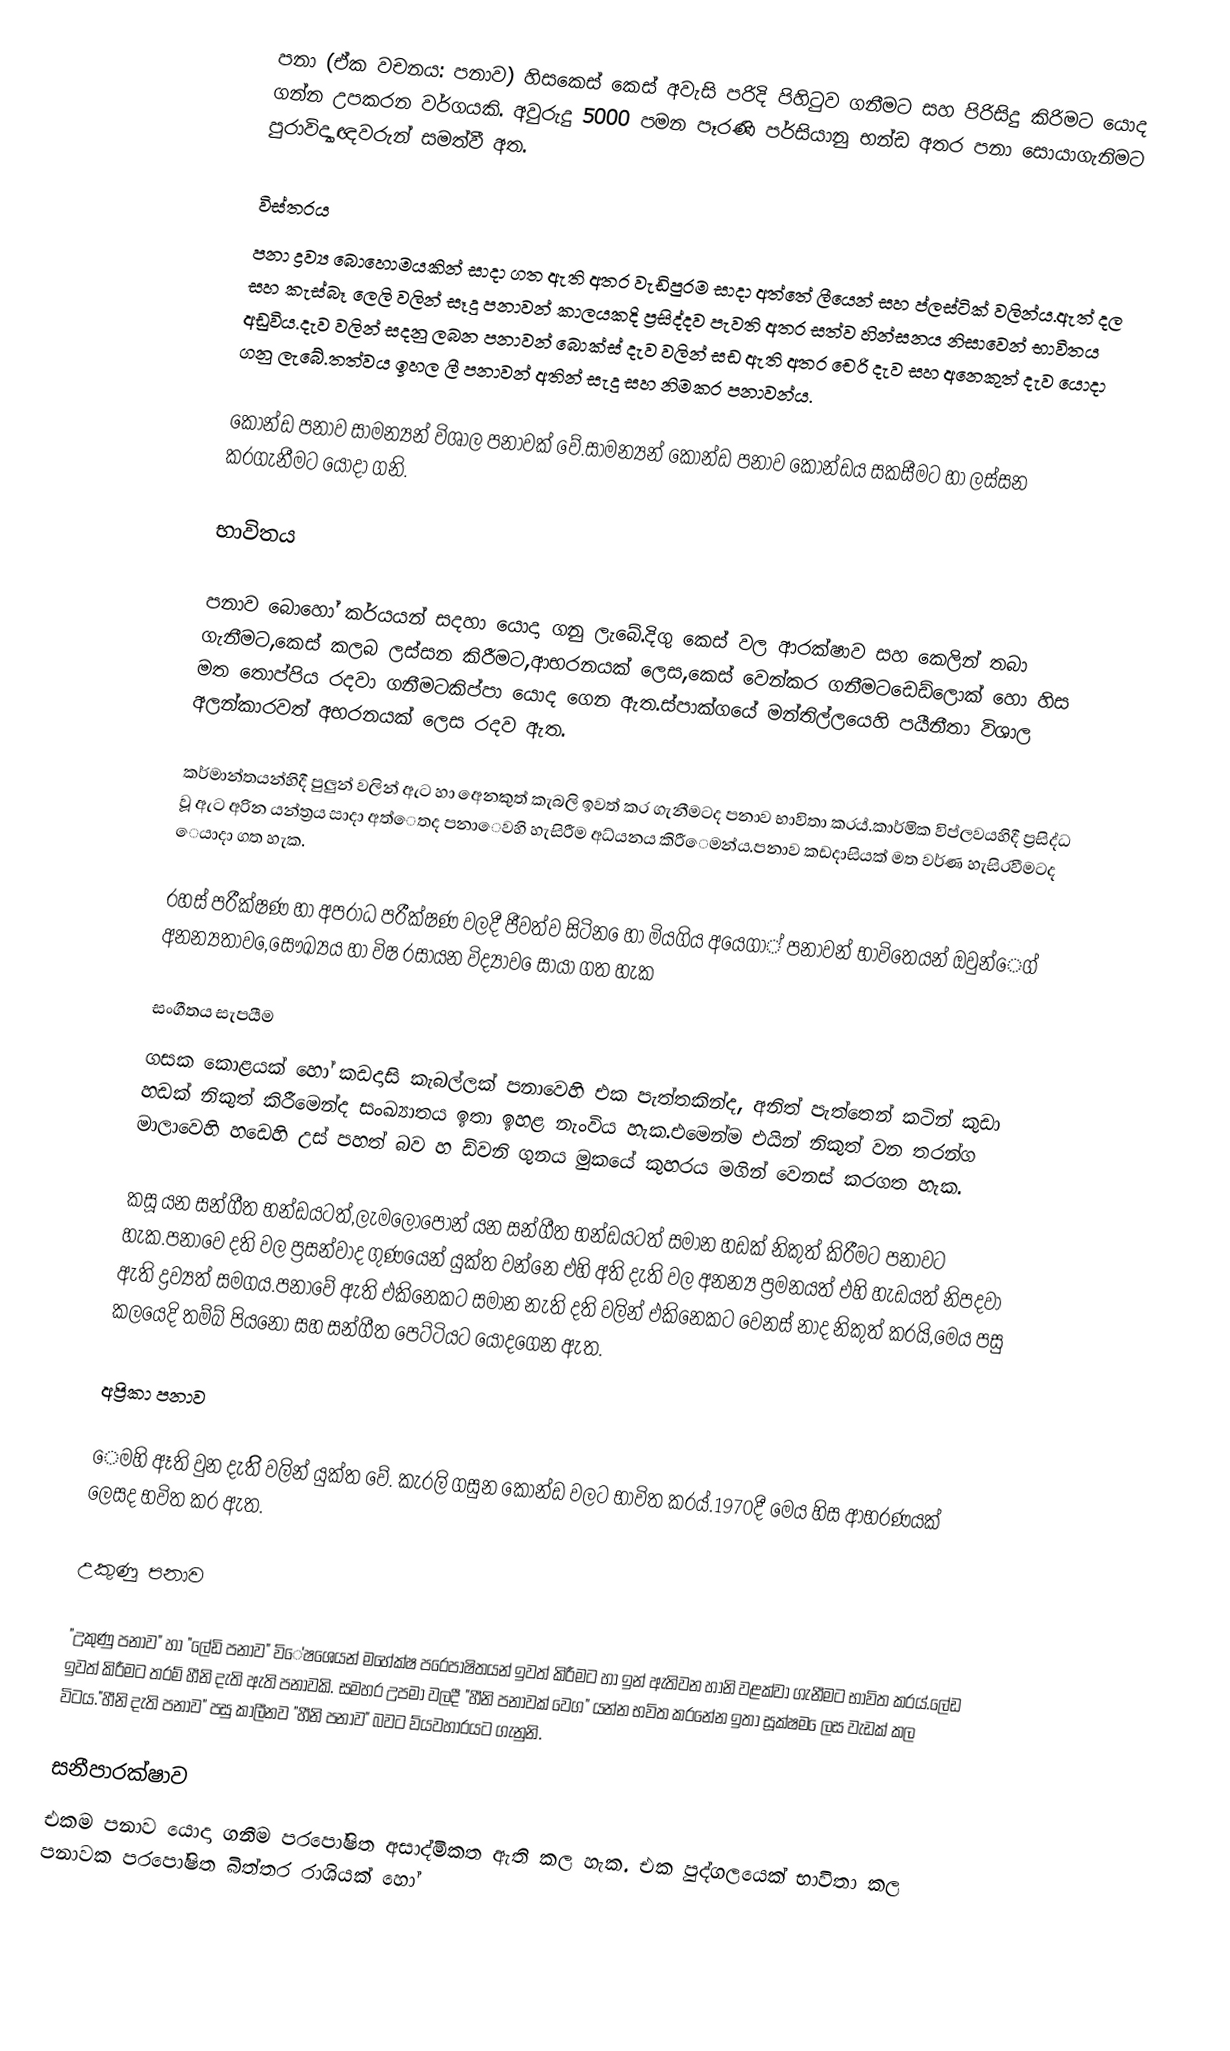
පනා (ඒක වචනය: පනාව) හිසකෙස් කෙස් අවැසි පරිදි පිහිටුව ගනීමට සහ පිරිසිදු කිරිමට යොද ගන්න උපකරන වර්ගයකි. අවුරුදු 5000 පමන පෑරණි පර්සියානු භන්ඩ අතර පනා සොයාගැනිමට පුරාවිද්‍යාඥවරුන් සමත්වී අත.

විස්තරය
පනා  ද්‍රව්‍ය බොහොමයකින් සාදා ගත ඇති අතර වැඩිපුරම සාදා අත්තේ ලීයෙන් සහ ප්ලස්ටික් වලින්ය.ඇත් දල සහ කැස්බෑ ලෙලි වලින් සෑදු පනාවන් කාලයකදි ප්‍රසිද්දව පැවති අතර සත්ව හින්සනය නිසාවෙන් භාවිතය අඩුවිය.දැව වලින් සදනු ලබන පනාවන් බොක්ස් දැව වලින් සඩ ඇති අතර චෙරි දැව සහ අනෙකුත් දැව යොදා ගනු ලැබේ.තත්වය ඉහල ලී පනාවන් අතින් සැදු සහ නිමකර පනාවන්ය.

කොන්ඩ පනාව සාමන්‍යන් විශාල පනාවක් වේ.සාමන්‍යන් කොන්ඩ පනාව කොන්ඩය සකසීමට හා ලස්සන කරගැනීමට යොදා ගනි.

භාවිතය

පනාව බොහෝ කර්යයන් සදහා යොදා ගනු ලැබේ.දිගු කෙස් වල ආරක්ෂාව සහ කෙලින් තබා ගැනීමට,කෙස් කලබ ලස්සන කිරීමට,ආභරනයක් ලෙස,කෙස් වෙන්කර ගනීමටඩෙඩ්ලොක් හො හිස මත තොප්පිය රදවා ගනීමටකිප්පා යොද ගෙන ඇත.ස්පාක්ගයේ මන්තිල්ලයෙහි පයීනීතා විශාල අලන්කාරවත් අභරනයක් ලෙස රදව ඇත.

කර්මාන්තයන්හිදී පුලුන් වලින් ඇට හා අෙනකුත් කැබලි ඉවත් කර ගැනීමටද පනාව භාවිතා කරය්.කාර්මික විප්ලවයහිදී ප්‍රසිද්ධ වූ ඇට අරින යන්ත්‍රය සාදා අත්ෙතද පනාෙවහි හැසිරීම අධ්යනය කිරීෙමන්ය.පනාව කඩදාසියක් මත වර්ණ හැසිරවීමටද ෙයාදා ගත හැක.

රහස් පරීක්ෂණ හා අපරාධ පරීක්ෂණ වලදී ජීවත්ව සිටින ෙහා් මියගිය අයෙගා්් පනාවන් භාවිතෙයන් ඔවුන්ෙග් අනන්‍යතාව,ෙසෞඛ්‍යය හා විෂ රසායන විද්‍යාව ෙසායා ගත හැක

සංගීතය සැපයීම
ගසක කොළයක් හෝ කඩදාසි කැබල්ලක් පනාවෙහි එක පැත්තකින්ද, අනිත් පැත්තෙන් කටින් කුඩා හඩක් නිකුත් කිරීමෙන්ද සංඛ්‍යාතය ඉතා ඉහළ නැංවිය හැක.එමෙන්ම එයින් නිකුත් වන තරන්ග මාලාවෙහි හඩෙහි උස් පහත් බව හ ඩ්වනි ගුනය මුකයේ කුහරය මගින් වෙනස් කරගත හැක.

කසූ යන සන්ගීත භන්ඩයටත්,ලැමලොපොන් යන සන්ගීත භන්ඩයටත් සමාන හඩක් නිකුත් කිරීමට පනාවට හැක.පනාවෙ දති වල ප්‍රසන්වාද ගුණයෙන් යුක්ත වන්නෙ එහි අති දැති වල අනන්‍ය ප්‍රමනයත් එහි හැඩයත් නිපදවා ඇති ද්‍රව්‍යත් සමගය.පනාවේ ඇති එකිනෙකට සමාන නැති දති වලින් එකිනෙකට වෙනස් නාද නිකුත් කරයි,මෙය පසු කලයෙදි තම්බ් පියනො සහ සන්ගීත පෙට්ටියට යොදගෙන ඇත.

අප්‍රිකා පනාව

ෙමහි ඈති වුන දැතිි වලින් යුක්ත වේ. කැරලි ගසුන කොන්ඩ වලට භාවිත කරය්.1970දී මෙය හිස ආභරණයක් ලෙසද භවිත කර ඇත.

උකුණු පනාව

"උකුණු පනාව" හා "ලේඩි පනාව" විේෂශෙයන් මහේක්ෂ පරෙපාෂිතයන් ඉවත් කිරීමට හා ඉන් ඇතිවන හානි වළක්වා ගැනීමට භාවිත කරය්.ලේඩ ඉවත් කිරීමට තරම් හීනි දැති ඇති පනාවකි. සමහර උපමා වලදී "හීනි පනාවක් වෙග" යන්න භවිත කරනේන ඉතා සූක්ෂම ෙලස වැඩක් කල විටය."හීනි දැති පනාව" පසු කාලීනව "හීනි පනාව" බවට ව්යවහාරයට ගැනුනි.

සනීපාරක්ෂාව
එකම පනාව යොදා ගනීම පරපෝෂිත අසාද්මිකත ඇති කල හැක. එක පුද්ගලයෙක් භාවිතා කල පනාවක පරපෝෂිත බිත්තර රාශියක් හෝ